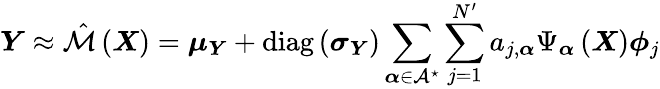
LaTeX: \boldsymbol{Y}\approx\hat{\mathcal{M}}\left(\boldsymbol{X}\right)=\boldsymbol{\mu_{\boldsymbol{Y}}}+\operatorname{diag}\left(\boldsymbol{\sigma_{\boldsymbol{Y}}}\right)\sum_{\boldsymbol{\alpha}\in\mathcal{A}^{\star}}\sum_{j=1}^{N^{\prime}}a_{j,\boldsymbol{\alpha}}\Psi_{\boldsymbol{\alpha}}\left(\boldsymbol{X}\right)\boldsymbol{\phi}_{j}